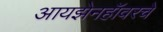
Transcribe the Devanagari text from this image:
आयझेनहॉवरचे